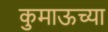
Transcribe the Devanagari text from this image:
कुमाऊच्या